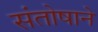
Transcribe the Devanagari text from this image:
संतोषाने